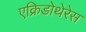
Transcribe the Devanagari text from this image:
एक्रिडोथेरेस